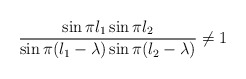
\begin{align*}\frac{\sin\pi l_1 \sin\pi l_2}{\sin\pi(l_1-\lambda) \sin \pi(l_2-\lambda)}\not= 1\end{align*}